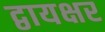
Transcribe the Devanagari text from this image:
द्वायक्षर